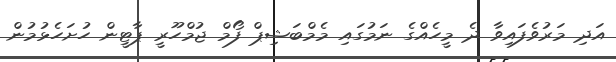
އަދި މަރުވެފައިވާ ދެ މީހެއްގެ ނަމުގައި މެމްބަޝިޕް ފޯމް ޖުމްހޫރީ ޕާޓީން ހުށަހެޅުމުން